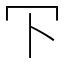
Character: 㓀